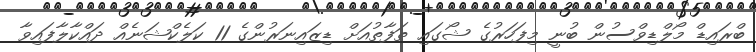
ބްރައިޑް މޯލްޑިވްސުން ބުނީ މިފަހަރުގެ ޝޯގައި ތަފާތުއަށް ޑިޒައިނަރުންގެ 11 ކަލެކްޝަނެއް ދައްކާލާފައިވާ